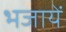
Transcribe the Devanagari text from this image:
भजायें